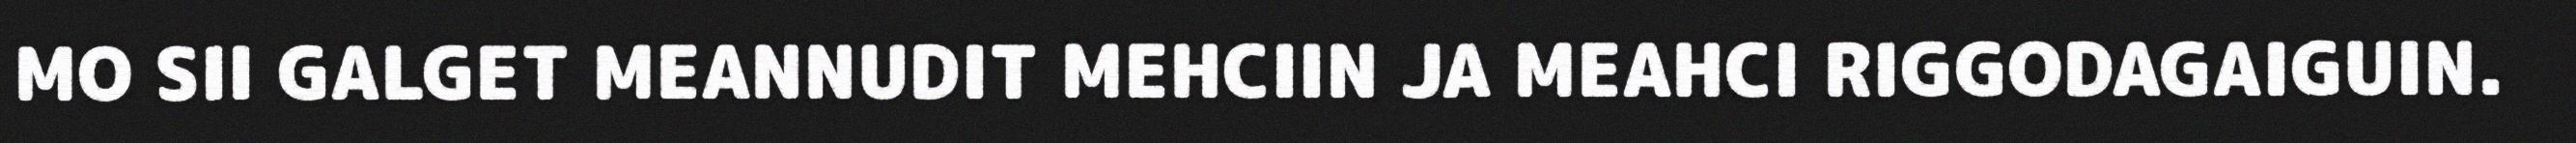
MO SII GALGET MEANNUDIT MEHCIIN JA MEAHCI RIGGODAGAIGUIN.